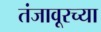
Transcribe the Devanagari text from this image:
तंजावूरच्या